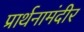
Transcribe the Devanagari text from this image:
प्रार्थनामंदीर